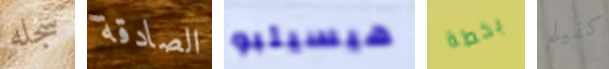
سجله الصادقة هيسيلبو بخطة كفيلم